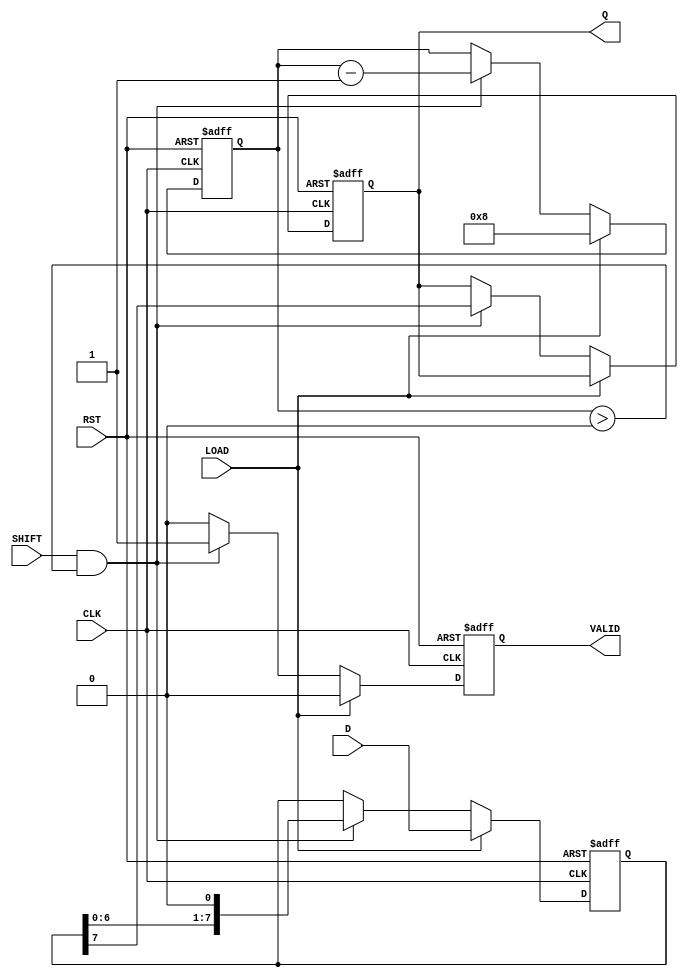
module PISO_Register #(
    parameter WIDTH = 8  // Define the width of the register
)(
    input wire [WIDTH-1:0] D,      // Parallel data input
    input wire LOAD,                // Load control signal
    input wire SHIFT,               // Shift control signal
    input wire CLK,                 // Clock signal
    input wire RST,                 // Asynchronous reset
    output reg Q,                   // Serial output
    output reg VALID                // Data valid signal
);

    reg [WIDTH-1:0] storage_reg;    // Storage register
    reg [3:0] shift_counter;         // Counter to track bits shifted out

    always @(posedge CLK or posedge RST) begin
        if (RST) begin
            storage_reg <= 0;        // Clear the storage register
            Q <= 0;                  // Clear the output
            VALID <= 0;              // Clear valid signal
            shift_counter <= 0;       // Reset shift counter
        end else begin
            if (LOAD) begin
                storage_reg <= D;     // Load data into the register
                shift_counter <= WIDTH; // Initialize shift counter
                VALID <= 0;            // Reset valid signal when loading
            end else if (SHIFT && shift_counter > 0) begin
                Q <= storage_reg[WIDTH-1]; // Serial output the MSB
                storage_reg <= {storage_reg[WIDTH-2:0], 1'b0}; // Shift left
                shift_counter <= shift_counter - 1; // Decrement the counter
                VALID <= 1; // Indicate that data on Q is valid
            end else begin
                VALID <= 0; // Data is not valid if not shifting
            end
        end
    end
endmodule